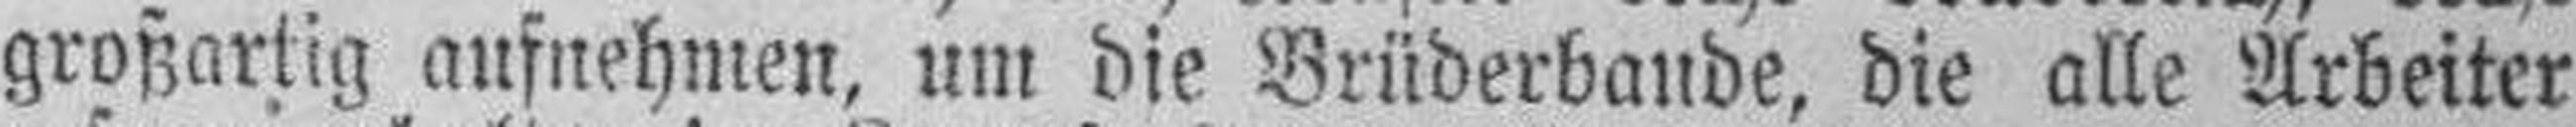
großartig aufnehmen, um die Brüderbaude, die alle Arbeiter